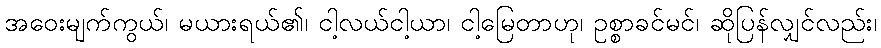
အဝေးမျက်ကွယ်၊ မယားရယ်၏၊ ငါ့လယ်ငါ့ယာ၊ ငါ့မြေတာဟု၊ ဥစ္စာခင်မင်၊ ဆိုပြန်လျှင်လည်း၊